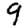
Digit: 9